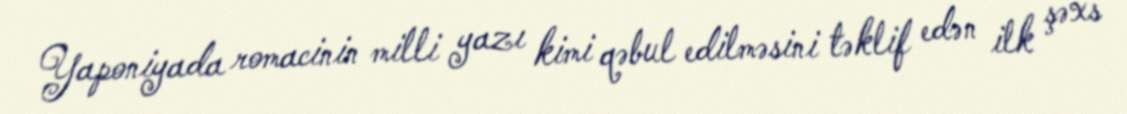
Yaponiyada romacinin milli yazı kimi qəbul edilməsini təklif edən ilk şəxs